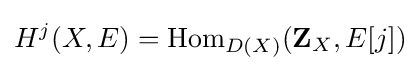
H^{j}(X,E)=\operatorname {Hom} _{D(X)}(\mathbf {Z} _{X},E[j])